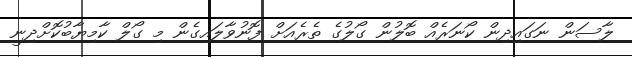
ލާސަން ނަގައިދިން ކޯނަރެއް ބޮލުން ގޯލުގެ ތެރެއަށް ފޮނުވާލައިގެން މި ގޯލް ކާމިޔާބުކޮށްދިނީ